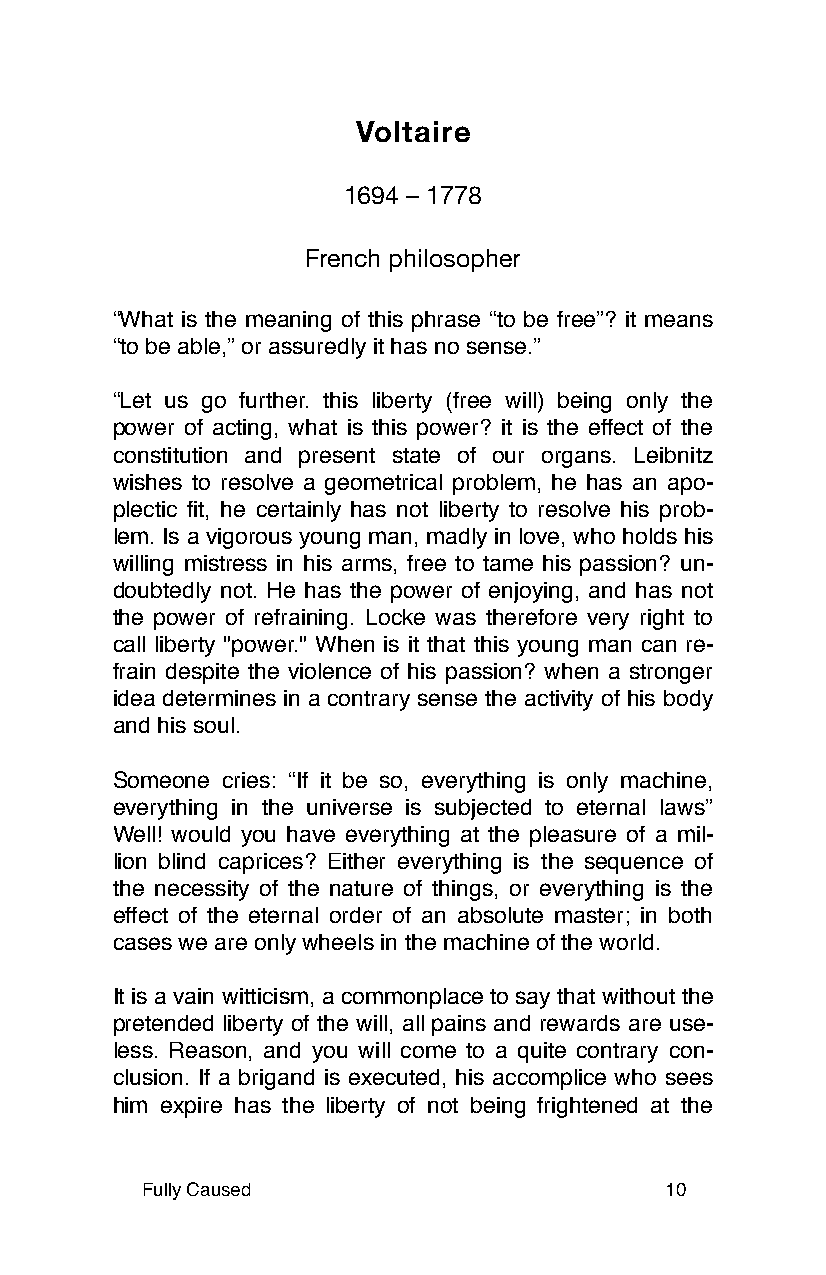
Voltaire
 1694 – 1778
 French philosopher
 “What is the meaning of this phrase “to be free”? it means
 “to be able,” or assuredly it has no sense.”
 “Let us go further. this liberty (free will) being only the
 power of acting, what is this power? it is the effect of the
 constitution and present state of our organs. Leibnitz
 wishes to resolve a geometrical problem, he has an apo-
 plectic fit, he certainly has not liberty to resolve his prob-
 lem. Is a vigorous young man, madly in love, who holds his
 willing mistress in his arms, free to tame his passion? un-
 doubtedly not. He has the power of enjoying, and has not
 the power of refraining. Locke was therefore very right to
 call liberty "power." When is it that this young man can re-
 frain despite the violence of his passion? when a stronger
 idea determines in a contrary sense the activity of his body
 and his soul.
 Someone cries: “If it be so, everything is only machine,
 everything in the universe is subjected to eternal laws”
 Well! would you have everything at the pleasure of a mil-
 lion blind caprices? Either everything is the sequence of
 the necessity of the nature of things, or everything is the
 effect of the eternal order of an absolute master; in both
 cases we are only wheels in the machine of the world.
 It is a vain witticism, a commonplace to say that without the
 pretended liberty of the will, all pains and rewards are use-
 less. Reason, and you will come to a quite contrary con-
 clusion. If a brigand is executed, his accomplice who sees
 him expire has the liberty of not being frightened at the
 Fully Caused                       10